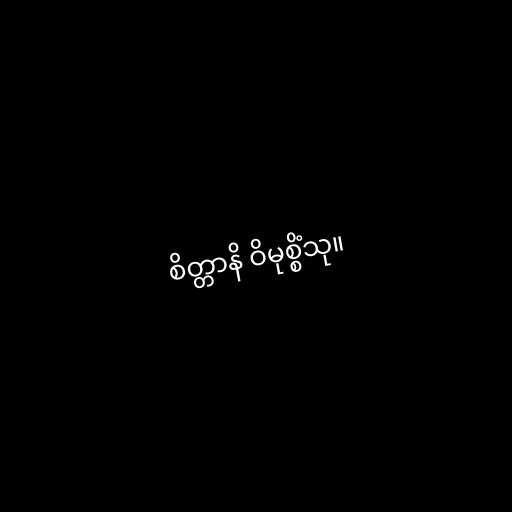
စိတ္တာနိ ဝိမုစ္စိံသု။